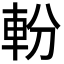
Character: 𨋂